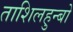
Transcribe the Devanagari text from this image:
ताशिलहुन्बो